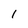
Character: 1